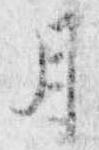
月